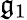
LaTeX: {\mathfrak{g}}_{1}